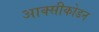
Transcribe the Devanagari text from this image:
आक्सीकोडन